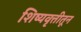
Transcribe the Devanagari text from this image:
शिष्यवृत्तीतून